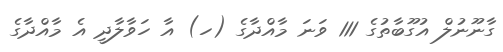
ގާނޫނުލް އުގޫބާތުގެ 111 ވަނަ މާއްދާގެ (ހ) އާ ހަވާލާދީ އެ މާއްދާގެ